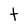
Character: t